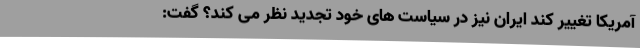
آمریکا تغییر کند ایران نیز در سیاست های خود تجدید نظر می کند؟ گفت: